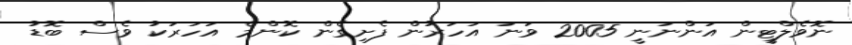
ނޮވެލްޓީން އަންނަނީ 2005 ވަނަ އަހަރުން ފެށިގެން ކޮންމެ އަހަރަކު ވެސް ބޮޑު